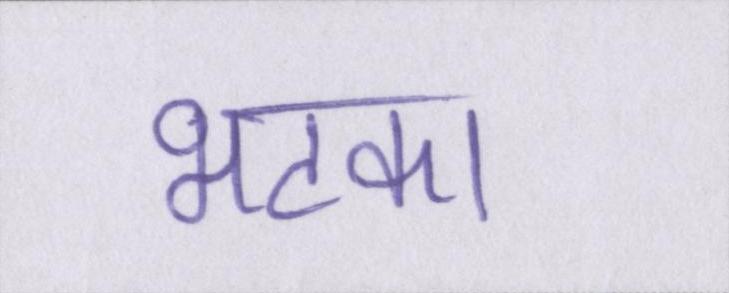
भटका